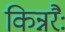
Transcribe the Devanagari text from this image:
किन्नरैः